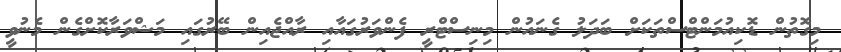
މިގޮތުން ޑޮކިއުމަންޓްސްތަކަށް ބަދަލު ގެނައުން މިނިސްޓްރީ ފެންވަރުގައާއި ރާއްޖެއިން ބޭރުގައި މަޝްވަރާކޮށްގެން މެނުވީ